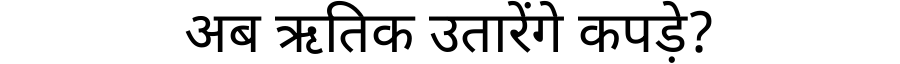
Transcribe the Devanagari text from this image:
अब ऋतिक उतारेंगे कपड़े?